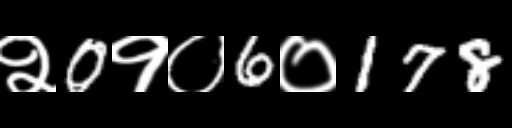
Text: २0१०6०178